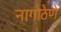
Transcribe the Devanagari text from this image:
नागोठेणे